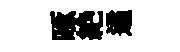
啄絶遹